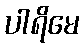
ပါရိမေ